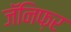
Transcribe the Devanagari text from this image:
जॅनिफ़र